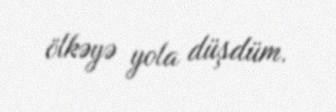
ölkəyə yola düşdüm.